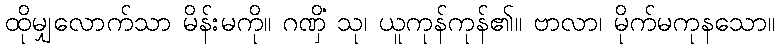
ထိုမျှလောက်သာ မိန်းမကို။ ဂဏှိံ သု၊ ယူကုန်ကုန်၏။ ဗာလာ၊ မိုက်မကုနသော။